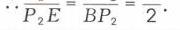
\(\because P_{2}E = BP_{2}=2\)